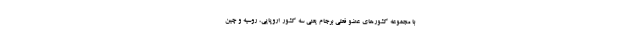
با مجموعه کشور‌های عضو فعلی برجام یعنی سه کشور اروپایی، روسیه و چین